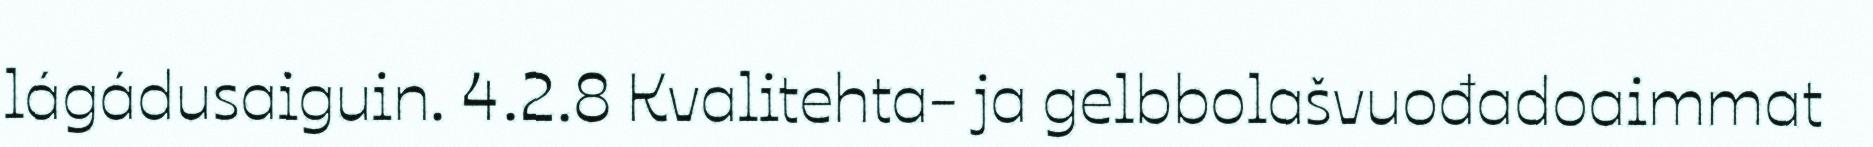
lágádusaiguin. 4.2.8 Kvalitehta- ja gelbbolašvuođadoaimmat